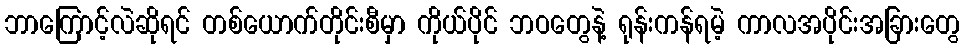
ဘာကြောင့်လဲဆိုရင် တစ်ယောက်တိုင်းစီမှာ ကိုယ်ပိုင် ဘဝတွေနဲ့ ရုန်းကန်ရမဲ့ ကာလအပိုင်းအခြားတွေ